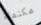
مكتملة